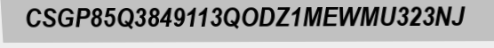
CSGP85Q3849113QODZ1MEWMU323NJ